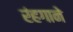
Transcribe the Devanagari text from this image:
रंहगाने